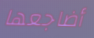
أضاجعها